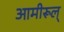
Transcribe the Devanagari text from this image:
आमीरूल्